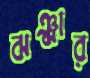
ঝঞ্ঝার